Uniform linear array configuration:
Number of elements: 24
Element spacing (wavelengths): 1
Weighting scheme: hann
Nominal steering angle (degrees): -15
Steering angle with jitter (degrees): -16.857
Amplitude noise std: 0.05
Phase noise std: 0.05

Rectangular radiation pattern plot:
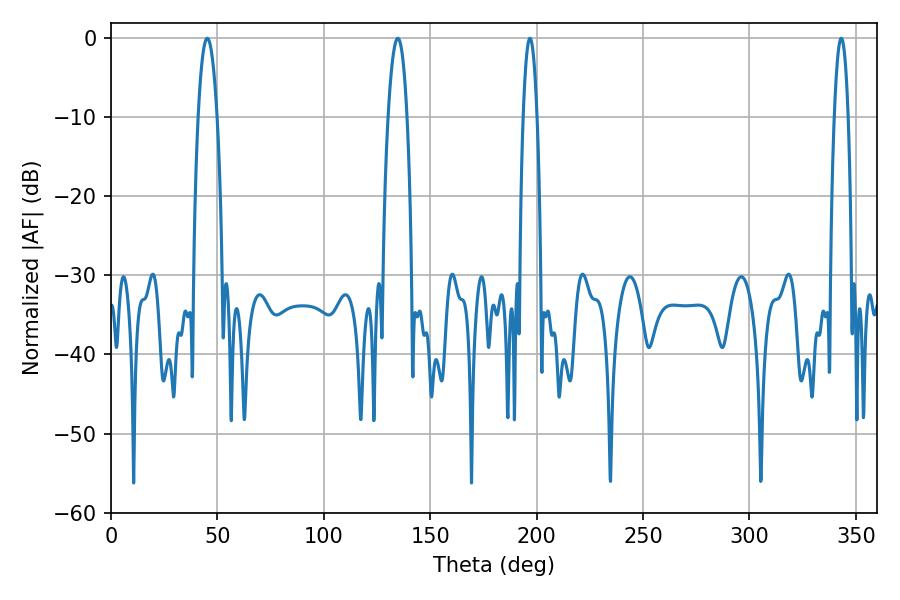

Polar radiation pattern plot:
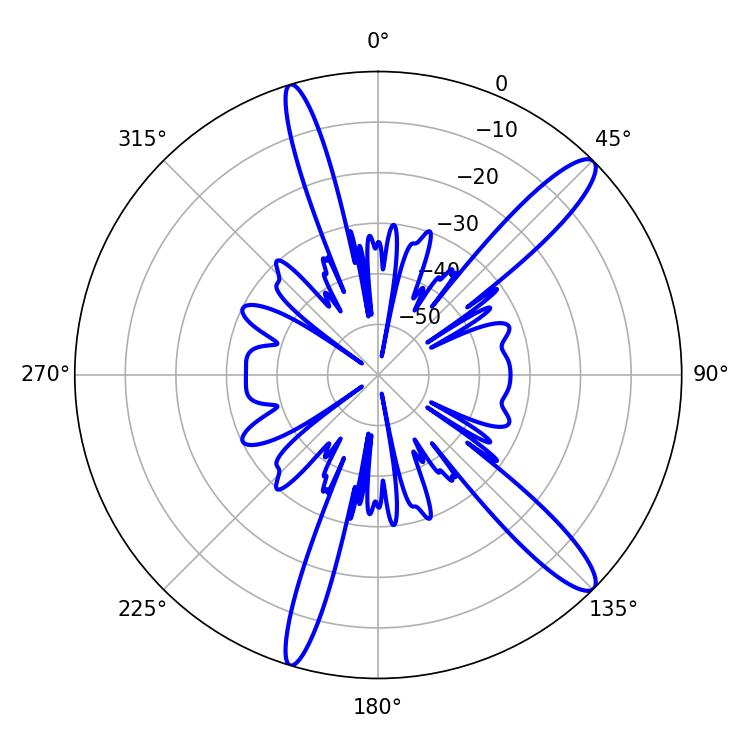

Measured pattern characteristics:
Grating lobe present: TRUE
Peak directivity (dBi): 13.366
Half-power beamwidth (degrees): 4.86
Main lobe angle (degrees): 45.18